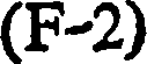
(F-2)